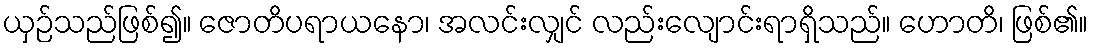
ယှဉ်သည်ဖြစ်၍။ ဇောတိပရာယနော၊ အလင်းလျှင် လည်းလျောင်းရာရှိသည်။ ဟောတိ၊ ဖြစ်၏။